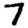
Digit: 7